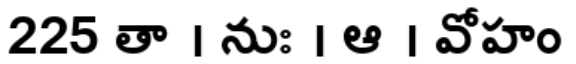
225 తా । నుః । ఆ । వోహం